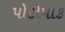
પોટોમાક